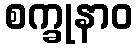
စက္ခုနာဝ